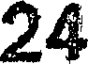
24